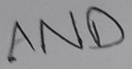
Text: AND